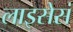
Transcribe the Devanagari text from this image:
लाइसेसं